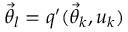
\ensuremath { \vec { \theta } } _ { l } = q ^ { \prime } ( \ensuremath { \vec { \theta } } _ { k } , u _ { k } )